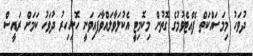
ދުވަހު މިމަސައްކަތް ފެއްޓެވުމުގެ ގޮތުން މިކޮމިޓީ އެކުލަވާލައްވާފައިވަނީ ހޮނިހިރު ދުވަހު ކަމަށް ރައީސް